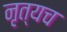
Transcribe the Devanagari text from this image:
नृत्यच